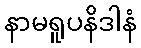
နာမရူပနိဒါနံ